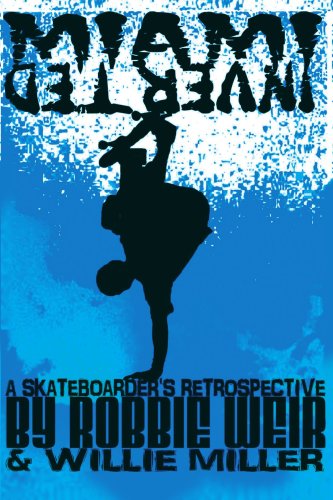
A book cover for Miami Inverted: A Skateboarder's Retrospective; Robbie Weir; Sports & Outdoors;